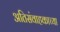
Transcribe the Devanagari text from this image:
अतिसंवाहकाच्या